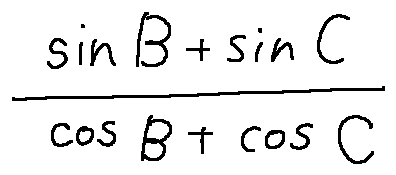
\frac { \sin B + \sin C } { \cos B + \cos C }